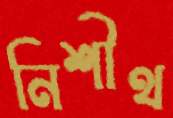
নিশীথ